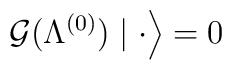
\left. {\cal G}(\Lambda ^{(0)})\mid \cdot \right\rangle =0